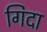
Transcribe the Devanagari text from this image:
गिदा